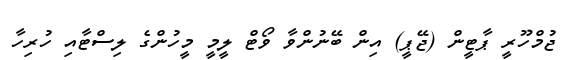
ޖުމްހޫރީ ޕާޓީން (ޖޭޕީ) އިން ބޭނުންވާ ވޯޓް ލީމީ މީހުންގެ ލިސްޓާއި ހުރިހާ